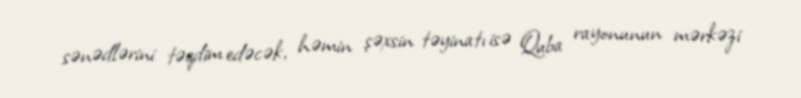
sənədlərini təqdim edəcək, həmin şəxsin təyinatı isə Quba rayonunun mərkəzi